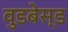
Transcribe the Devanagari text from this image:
वुडबेस्ड